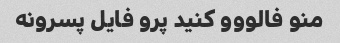
منو فالووو کنید پرو فایل پسرونه